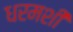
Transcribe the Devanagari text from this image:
धरमशी